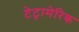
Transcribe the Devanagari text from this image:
टेट्रामेरिक